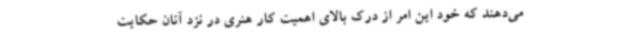
می‌دهند که خود این امر از درک بالای اهمیت کار هنری در نزد آنان حکایت